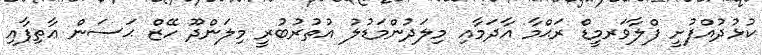
ކުޅުދުއްފުށީ ފްލާވަރމީޑް ރަޙްމާ އާދަމާއި މިލަދުންމަޑުލު އުތުރުބުރީ މިލަންދޫ ހޭޒް ޙަސަން ޢާތިފާއި